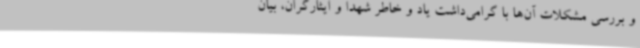
و بررسی مشکلات آن‌ها با گرامی‌داشت یاد و خاطر شهدا و ایثارگران، بیان